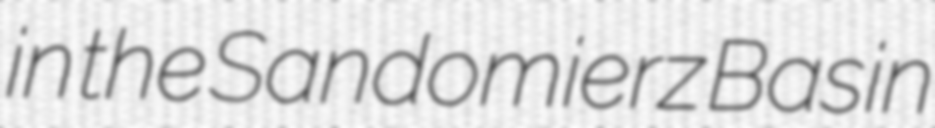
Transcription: in the Sandomierz Basin